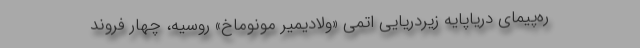
ره‌پیمای دریاپایه زیردریایی اتمی «ولادیمیر مونوماخ» روسیه، چهار فروند